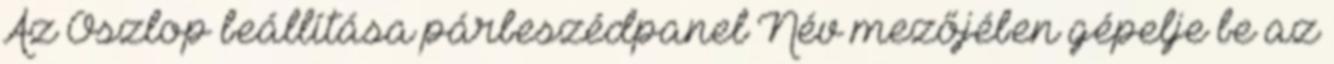
Az Oszlop beállítása párbeszédpanel Név mezőjében gépelje be az